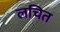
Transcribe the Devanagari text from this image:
लचित